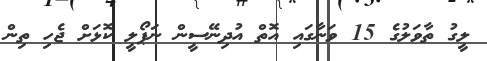
ލީގު ތާވަލުގެ 15 ވަނާގައި އޮތް އުދިނޭސީން ނަޕޯލީ ކޮޅަށް ޖެހި ތިން